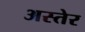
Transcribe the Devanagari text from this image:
अस्तेर